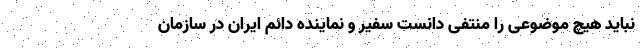
نباید هیچ موضوعی را منتفی دانست سفیر و نماینده دائم ایران در سازمان